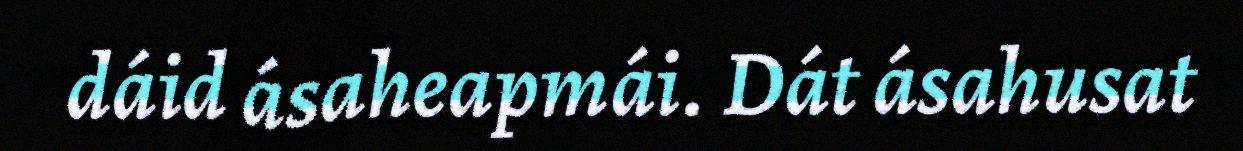
dáid ásaheapmái. Dát ásahusat